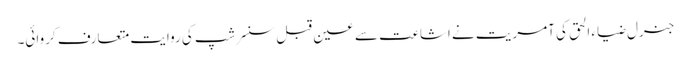
جنرل ضیاء الحق کی آمریت نے اشاعت سے عین قبل سنسر شپ کی روایت متعارف کروائی۔